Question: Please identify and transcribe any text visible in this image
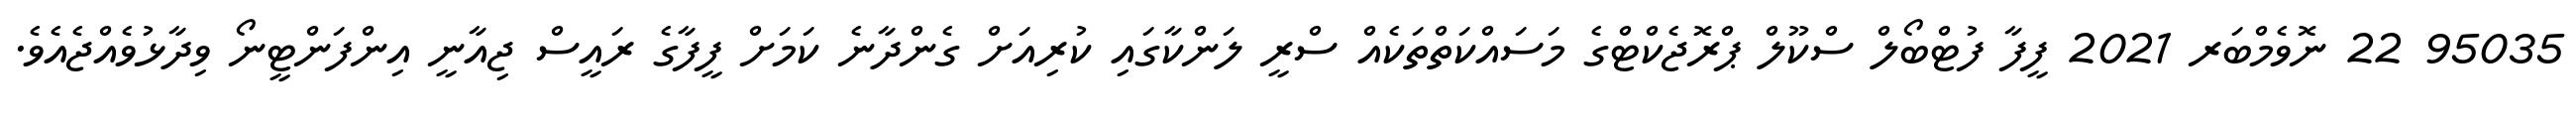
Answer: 95035 22 ނޮވެމްބަރ 2021 ފީފާ ފުޓްބޯލް ސްކޫލް ޕްރޮޖެކްޓްގެ މަސައްކަތްތަކެއް ސްރީ ލަންކާގައި ކުރިއަށް ގެންދާނެ ކަމަށް ފީފާގެ ރައީސް ޖިއާނީ އިންފަންޓީނޯ ވިދާޅުވެއްޖެއެވެ.